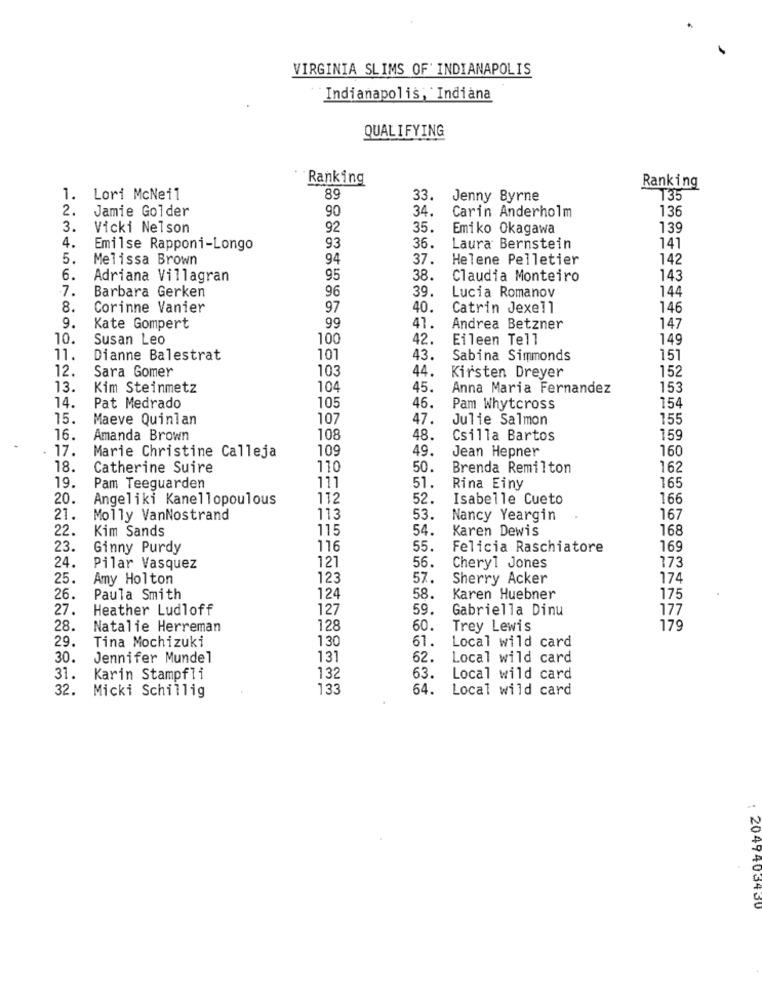
VIRGINIA SLIMS OF' INDIANAPOLIS
Indianapolis, Indiana
QUALIFYING
Ranking
Ranking
1. Lori McNeil
89
33.
Jenny Byrne
T35
90
34,
Carin Anderholm
136
2. Jamie Golder
3.
Vicki Nelson
92
35.
Emiko Okagawa
139
36.
4.
Emilse Rapponi-Longo
93
Laura Bernstein
141
5.
Melissa Brown
94
37.
Helene Pelletier
142
6.
Adriana Villagran
95
38.
Claudia Monteiro
143
7.
96
39.
144
Barbara Gerken
Lucia Romanov
8.
Corinne Vanier
97
40.
Catrin Jexell
146
99
9.
Kate Gompert
41.
Andrea Betzner
147
10.
Susan Leo
100
42.
Eileen Tell
149
11.
Dianne Balestrat
101
43.
Sabina Simmonds
151
Sara Gomer
103
44.
152
12.
Kirsten Dreyer
13.
Kim Steinmetz
104
45.
Anna Maria Fernandez
153
105
154
14.
Pat Medrado
46.
Pam Whytcross
15.
Maeve Quinlan
107
47.
Julie Salmon
155
16.
Amanda Brown
108
48.
Csilla Bartos
159
. 17.
Marie Christine Calleja
109
49.
Jean Hepner
160
18.
Catherine Suire
110
50.
Brenda Remilton
162
19.
Pam Teeguarden
111
51.
Rina Einy
165
20.
Angeliki Kanellopoulous
112
52.
Isabelle Cueto
166
21.
Molly VanNostrand
113
53.
Nancy Yeargin
167
22.
Kim Sands
115
54.
Karen Dewis
168
23.
Ginny Purdy
116
55.
Felicia Raschiatore
169
24.
Pilar Vasquez
121
56.
Cheryl Jones
173
25.
Amy Holton
123
57.
Sherry Acker
174
26.
Paula Smith
124
58.
Karen Huebner
175
27.
Heather Ludloff
127
59.
Gabriella Dinu
177
28.
Natalie Herreman
128
60.
Trey Lewis
179
29.
Tina Mochizuki
130
61.
Local wild card
30.
Jennifer Mundel
131
62.
Local wild card
63.
31. Karin Stampfli
132
Local wild card
32. Micki Schillig
133
64.
Local wild card
2049403430